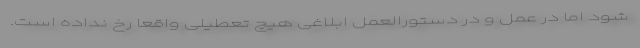
شود اما در عمل و در دستورالعمل ابلاغی هیچ تعطیلی واقعاً رخ نداده است.